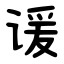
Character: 谖